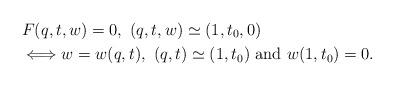
LaTeX: \begin{align*}& F(q,t,w)=0,\ (q,t,w)\simeq(1,t_{0},0)\\& \Longleftrightarrow w=w(q,t),\ (q,t)\simeq(1,t_{0})\mbox{ and }w(1,t_{0})=0.\end{align*}